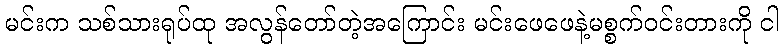
မင်းက သစ်သားရုပ်ထု အလွန်တော်တဲ့အကြောင်း မင်းဖေဖေနဲ့မစ္စက်ဝင်းတားကို ငါ